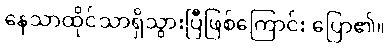
နေသာထိုင်သာရှိသွားပြီဖြစ်ကြောင်း ပြော၏။